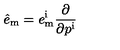
\hat { e } _ { \mathrm { m } } = e _ { \mathrm { m } } ^ { \mathrm { i } } { \frac { \partial } { \partial p ^ { \mathrm { i } } } }